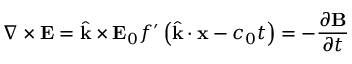
\nabla \times \mathbf { E } = { \hat { \mathbf { k } } } \times \mathbf { E } _ { 0 } f ^ { \prime } \left( { \hat { \mathbf { k } } } \cdot \mathbf { x } - c _ { 0 } t \right) = - { \frac { \partial \mathbf { B } } { \partial t } }